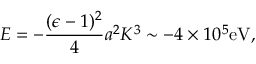
E = - { \frac { ( \epsilon - 1 ) ^ { 2 } } { 4 } } a ^ { 2 } K ^ { 3 } \sim - 4 \times 1 0 ^ { 5 } \mathrm { e V } ,